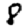
Digit: 8